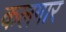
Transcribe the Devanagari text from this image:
कलगार